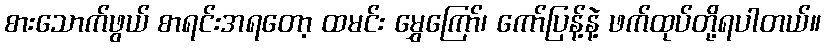
စားသောက်ဖွယ် စာရင်းအရတော့ ထမင်း မွှေကြော်၊ ကော်ပြန့်နဲ့ ဖက်ထုပ်တို့ရပါတယ်။